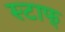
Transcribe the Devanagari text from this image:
स्टाफ्